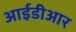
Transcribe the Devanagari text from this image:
आईडीआर